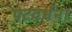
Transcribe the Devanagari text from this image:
पटवर्धन।